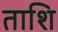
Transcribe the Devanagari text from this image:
ताशि